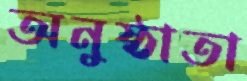
অনুষ্ঠাতা